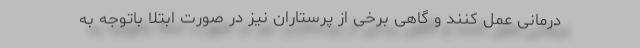
درمانی عمل کنند و گاهی برخی از پرستاران نیز در صورت ابتلا باتوجه به